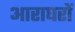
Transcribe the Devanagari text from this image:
आराघरों